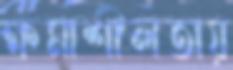
ক্ষমাশীলতায়